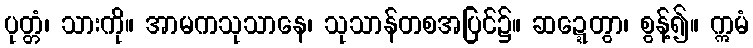
ပုတ္တံ၊ သားကို။ အာမကသုသာနေ၊ သုသာန်တစအပြင်၌။ ဆဍ္ဍေတွာ၊ စွန့်၍။ ဣမံ